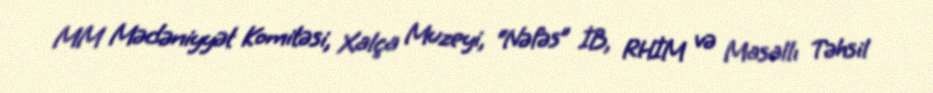
MM Mədəniyyət Komitəsi, Xalça Muzeyi, “Nəfəs” İB, RHİM və Masallı Təhsil